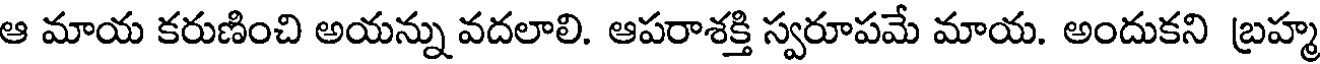
ఆ మాయ కరుణించి అయన్ను వదలాలి. ఆపరాశక్తి స్వరూపమే మాయ. అందుకని బ్రహ్మ